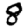
Digit: 8